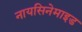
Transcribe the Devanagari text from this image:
नायसिनेमाइड